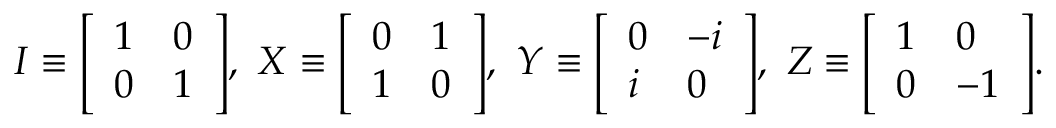
I \equiv { \left[ \begin{array} { l l } { 1 } & { 0 } \\ { 0 } & { 1 } \end{array} \right] } , \ X \equiv { \left[ \begin{array} { l l } { 0 } & { 1 } \\ { 1 } & { 0 } \end{array} \right] } , \ Y \equiv { \left[ \begin{array} { l l } { 0 } & { - i } \\ { i } & { 0 } \end{array} \right] } , \ Z \equiv { \left[ \begin{array} { l l } { 1 } & { 0 } \\ { 0 } & { - 1 } \end{array} \right] } .